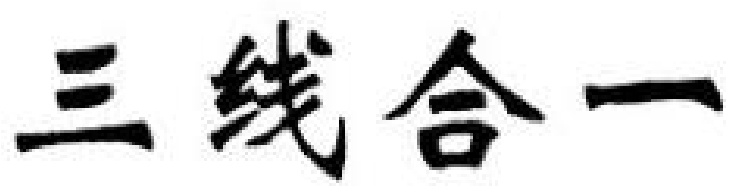
三线合一